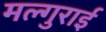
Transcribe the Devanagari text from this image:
मल्गुराई